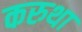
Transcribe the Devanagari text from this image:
करुथा